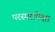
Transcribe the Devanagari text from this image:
परस्परांपेक्षा